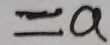
= a